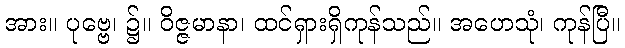
အား။ ပုဗ္ဗေ၊ ၌။ ဝိဇ္ဇမာနာ၊ ထင်ရှားရှိကုန်သည်။ အဟေသုံ၊ ကုန်ပြီ။